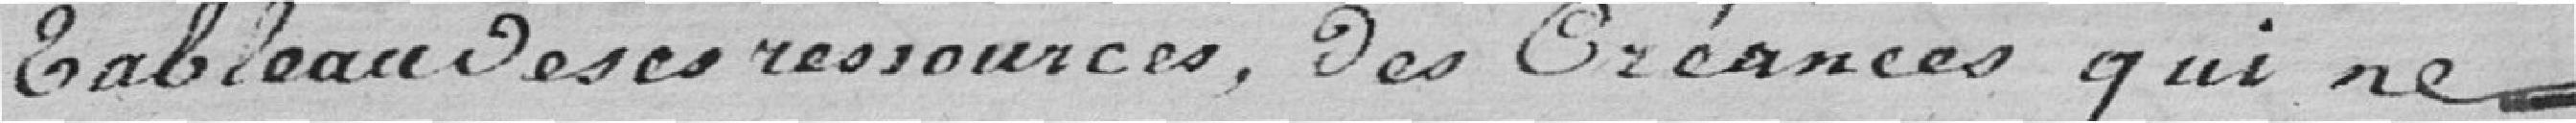
tableau de ses ressources, des Créances qui ne